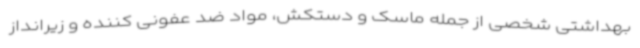
بهداشتی شخصی از جمله ماسک و دستکش، مواد ضد عفونی کننده و زیرانداز